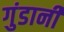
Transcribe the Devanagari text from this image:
गुंडानी